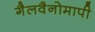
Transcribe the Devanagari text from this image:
गैलवैनोमापी